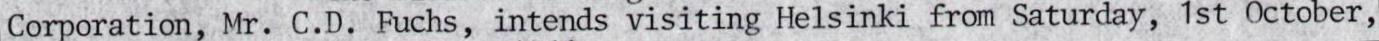
Corporation, Mr. C.D. Fuchs, intends visiting Helsinki from Saturday, 1st October,